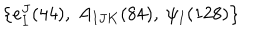
\left\{ e _ { I } ^ { J } ( 4 4 ) , \ A _ { I J K } ( 8 4 ) , \ \psi _ { I } ( 1 2 8 ) \right\}